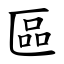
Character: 區